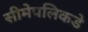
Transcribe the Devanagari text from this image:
सीमेपलिकडे